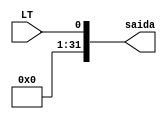
module Sign_extend_1_31(
  input wire LT,
  output wire [31:0] saida
);

assign saida = (LT == 1'b1) ? { {31{1'b0}}, LT} : { {31{1'b0}}, LT};
endmodule